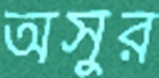
অসুর